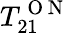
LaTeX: T_{21}^{\mathrm{~O~N~}}